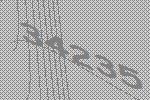
34235